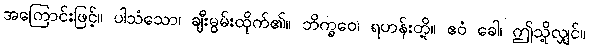
အကြောင်းဖြင့်။ ပါသံသော၊ ချီးမွမ်းထိုက်၏။ ဘိက္ခဝေ၊ ရဟန်းတို့။ ဧဝံ ခေါ၊ ဤသို့လျှင်။